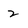
Character: 2